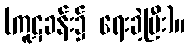
(ကူဋခန်း၌ ရေးခဲ့ပြီး)။